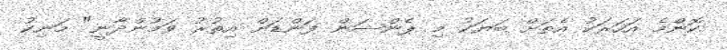
ކޮންމެ އަހަރަކު އެތަށް ބަޔަކު މި ޕެންޝަން ފަންޑަށް އިތުރު ވަމުންދާނީ" މަނިކު